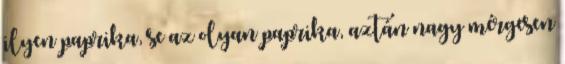
ilyen paprika, se az olyan paprika, aztán nagy mérgesen